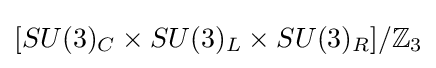
[SU(3)_{C}\times SU(3)_{L}\times SU(3)_{R}]/\mathbb {Z} _{3}